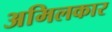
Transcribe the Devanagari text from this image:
अमिलकार